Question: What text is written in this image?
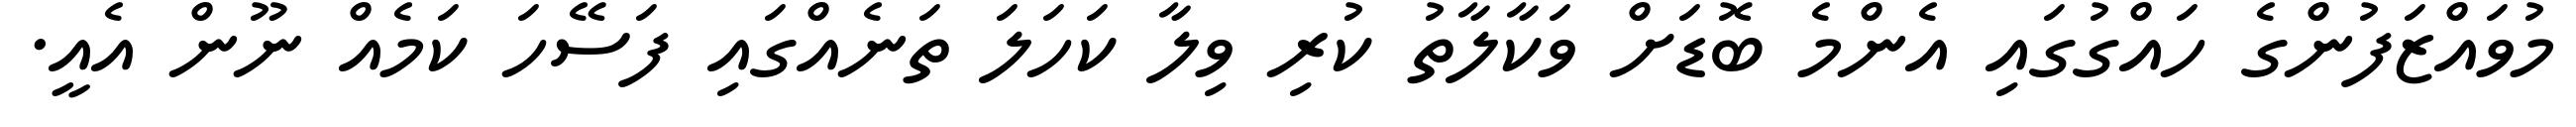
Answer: މުވައްޒަފުންގެ ހައްގުގައި އެންމެ ބޮޑަށް ވަކާލާތު ކުރި ވިލާ ކަހަލަ ތަނެއްގައި ފަސޭހަ ކަމެއް ނޫން އެއީ.